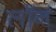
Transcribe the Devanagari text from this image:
लाॅन